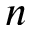
n